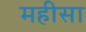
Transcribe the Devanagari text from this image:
महीसा